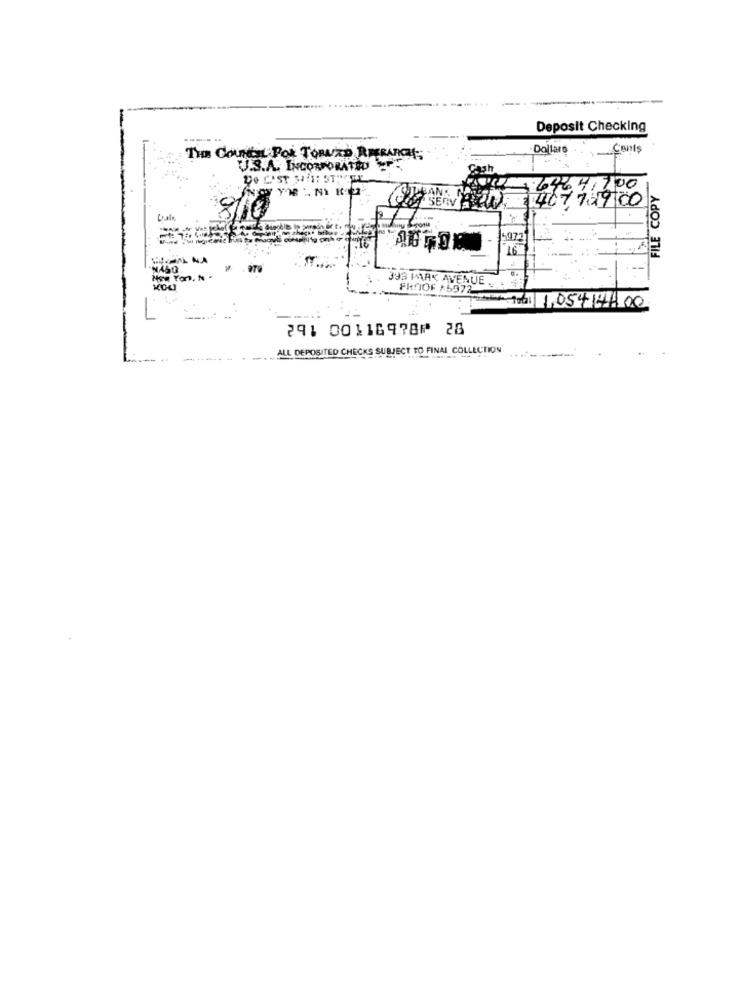
Deposit Checking
Dollaro
Çeniş
THE COUNCIL POR TORNAD RISARCI;
U.S.A. INCORPORATED PE
646 41700
FILE COPY
W: 1407729 00
972
16
393 PARK AVENUE ..
FROOF /5972
toal 1,054 14:00
1
291 00116978⑈ 28
ALL DEPOSITED CHECKS SUBJECT TO FINAL COLLECTION